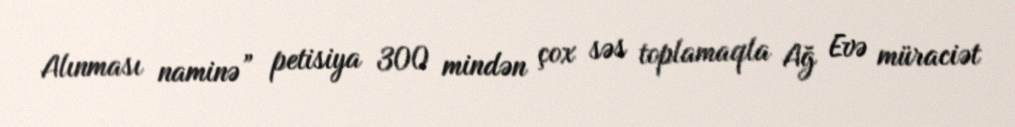
Alınması naminə” petisiya 300 mindən çox səs toplamaqla Ağ Evə müraciət